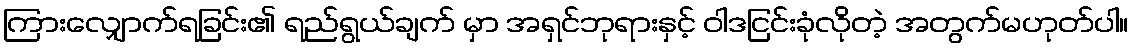
ကြားလျှောက်ရခြင်း၏ ရည်ရွယ်ချက် မှာ အရှင်ဘုရားနှင့် ဝါဒငြင်းခုံလိုတဲ့ အတွက်မဟုတ်ပါ။